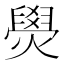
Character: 燢